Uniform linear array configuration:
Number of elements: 64
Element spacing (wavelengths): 0.25
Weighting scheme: hamming
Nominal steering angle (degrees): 15
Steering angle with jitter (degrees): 15.394
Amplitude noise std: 0.05
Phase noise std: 0.05

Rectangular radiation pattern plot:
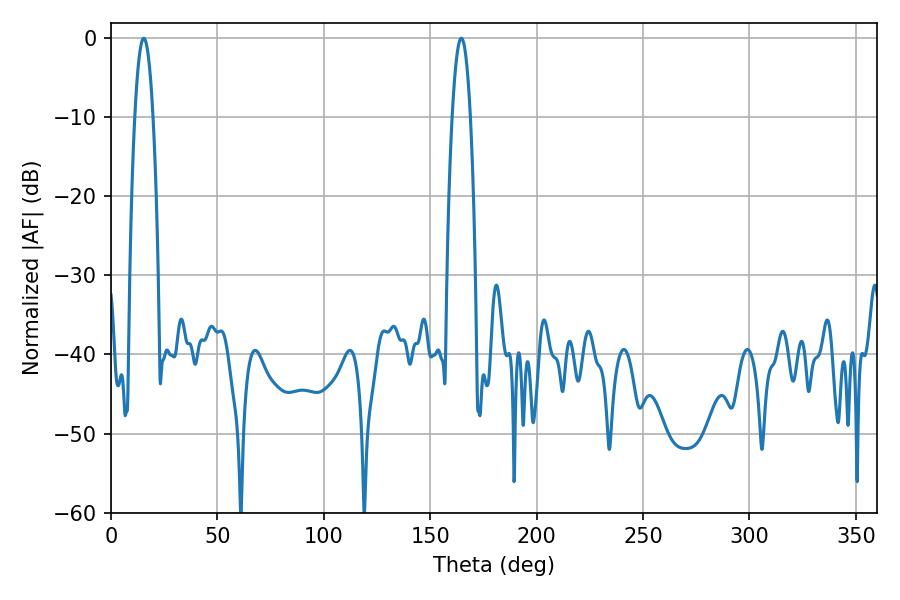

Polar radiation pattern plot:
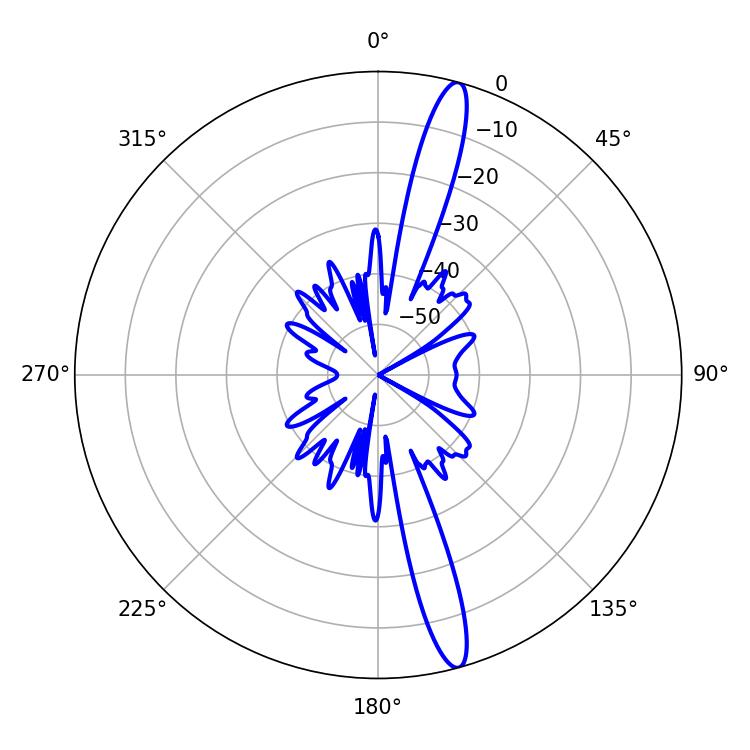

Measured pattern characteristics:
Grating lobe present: FALSE
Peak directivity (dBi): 16.249
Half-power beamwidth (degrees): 4.68
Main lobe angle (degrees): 164.52